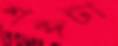
শব্দটা